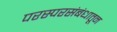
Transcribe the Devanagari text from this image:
परस्परसंबंधातून